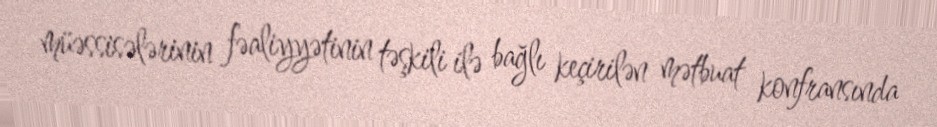
müəssisələrinin fəaliyyətinin təşkili ilə bağlı keçirilən mətbuat konfransında